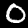
Digit: 0